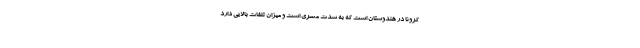
کرونا در هندوستان است که به شدت مسری است و میزان تلفات بالایی دارد